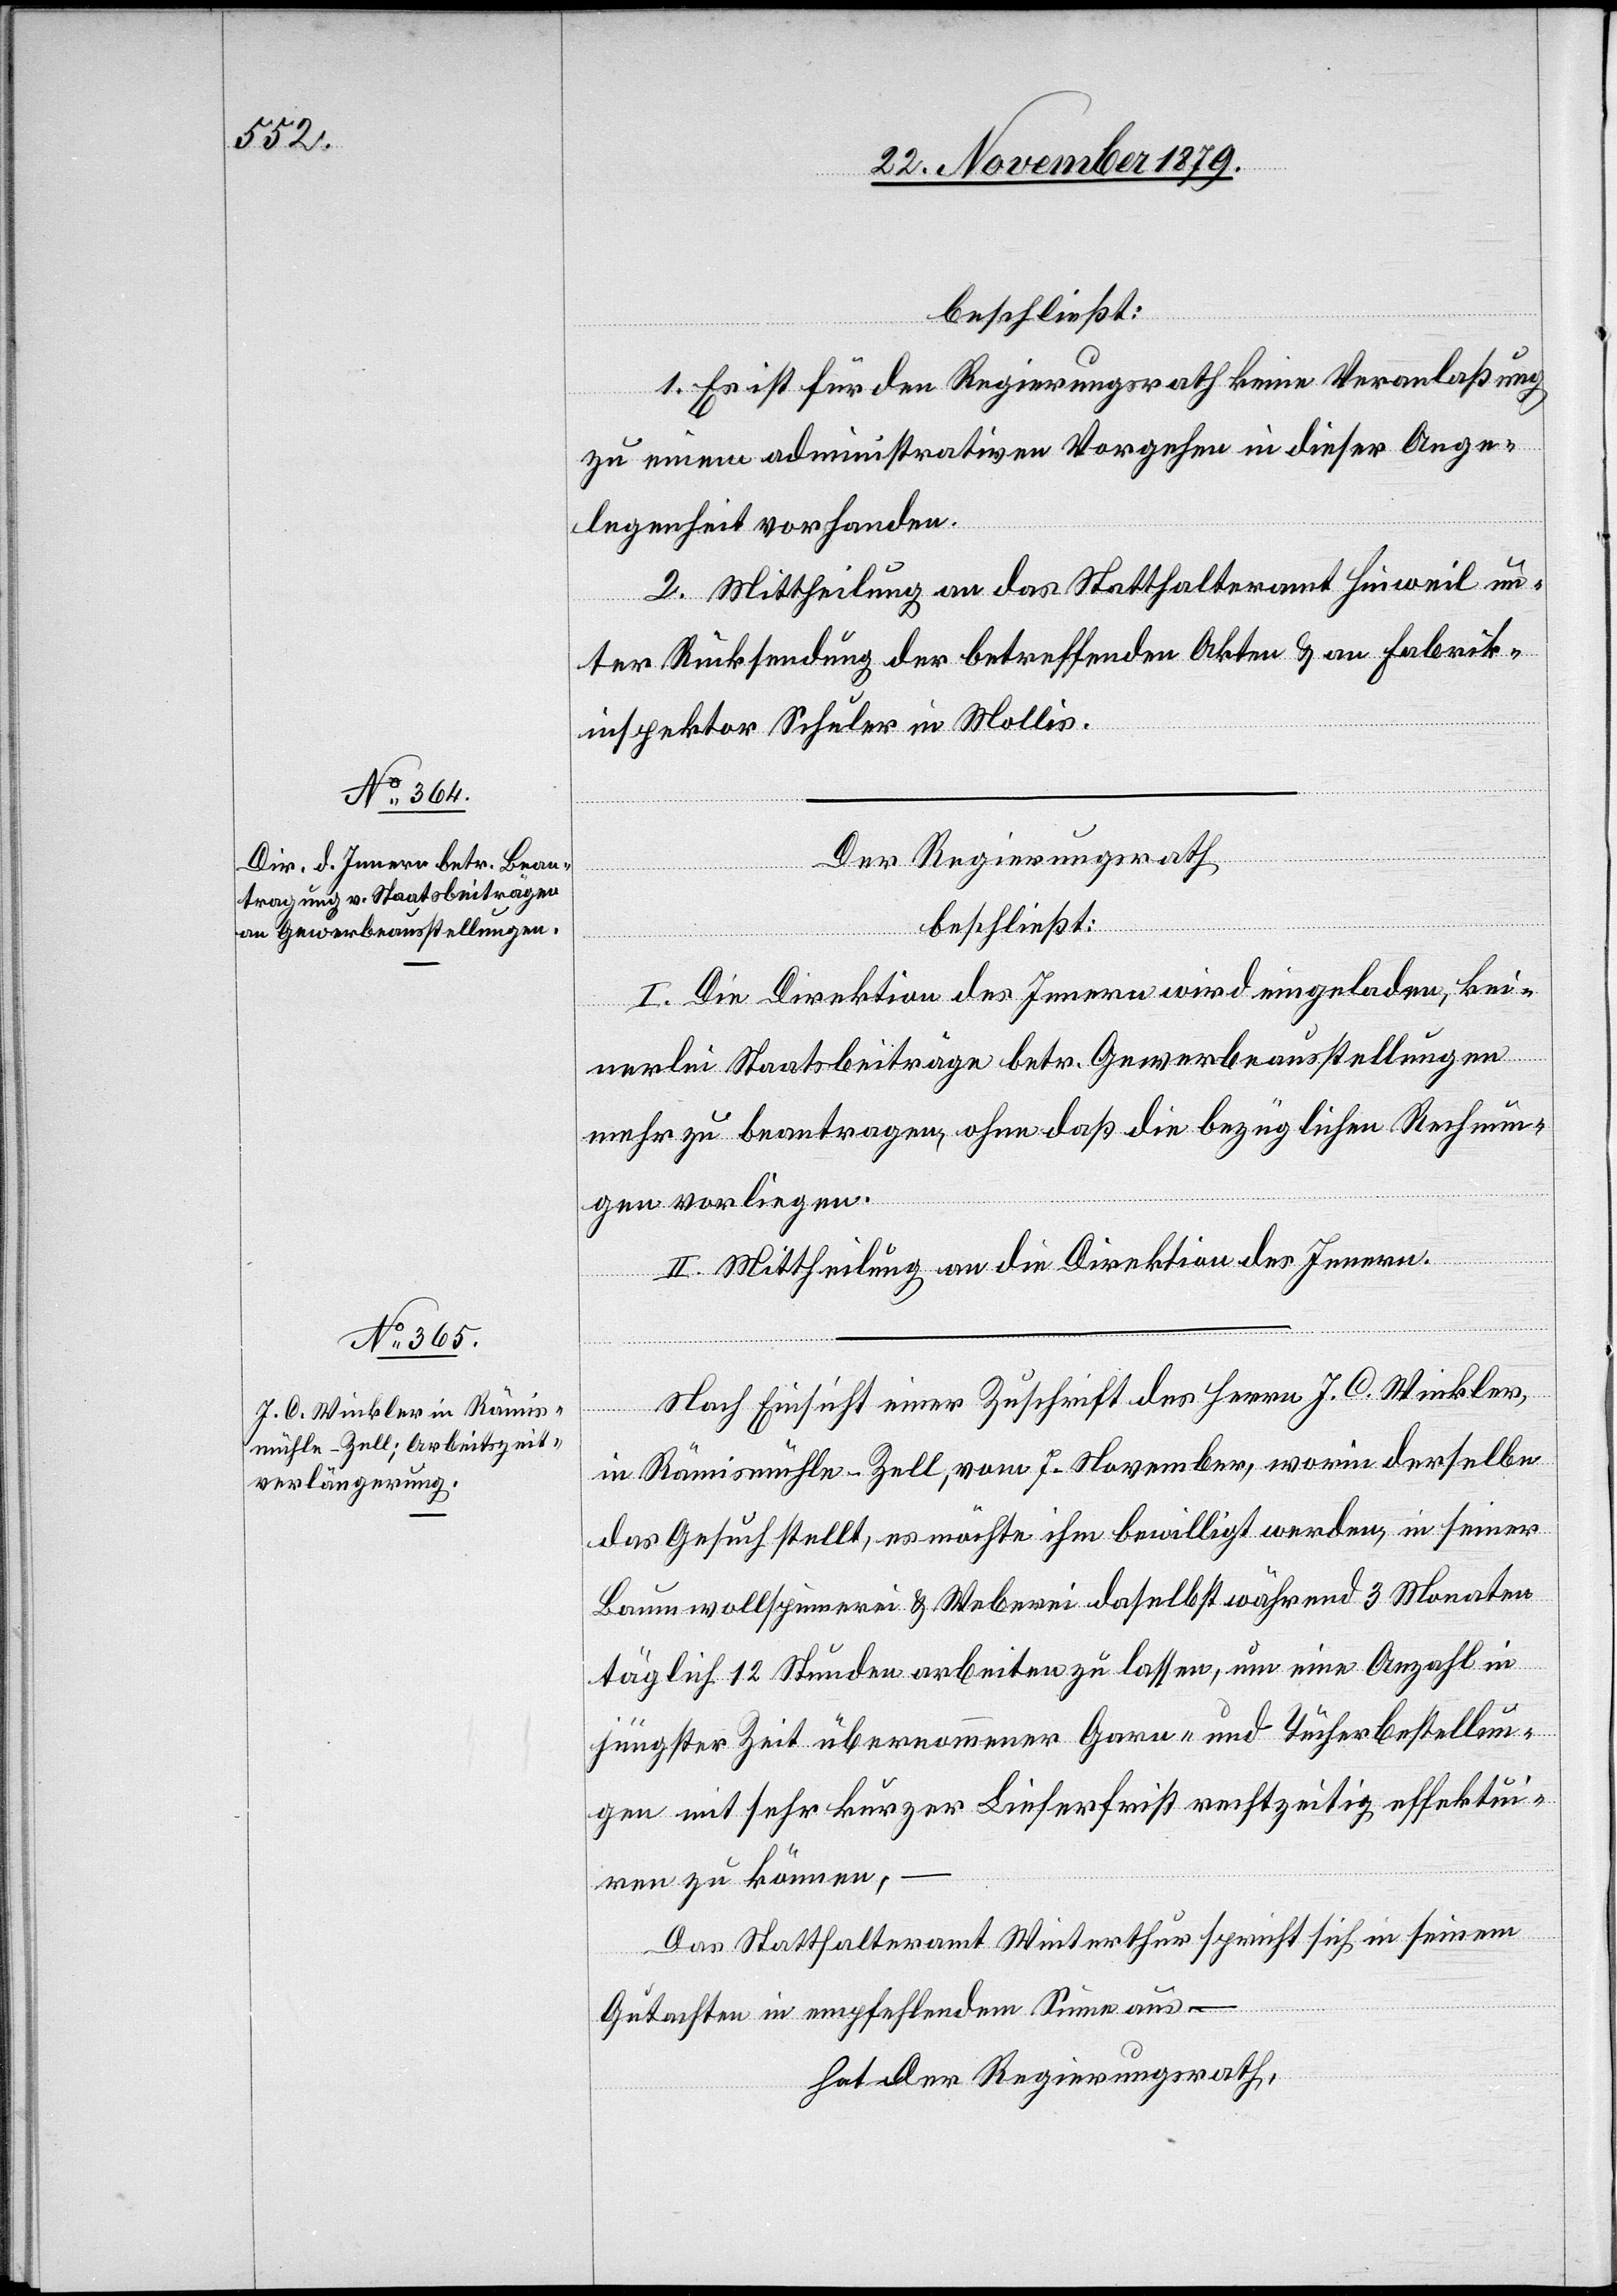
beschließt:
1. Es ist für den Regierungsrath keine Veranlaßung
zu einem administrativen Vorgehen in dieser Ange¬
legenheit vorhanden.
2. Mittheilung an das Statthalteramt Hinweil un¬
ter Rücksendung der betreffenden Akten & an Fabrik¬
inspektor Schuler in Mollis.
Der Regierungsrath,
beschließt:
I. Die Direktion des Innern wird eingeladen, kei¬
nerlei Staatsbeiträge betr. Gewerbeausstellungen
mehr zu beantragen, ohne daß die bezüglichen Rechnun¬
gen vorliegen.
II. Mittheilung an die Direktion des Innern.
Nach Einsicht einer Zuschrift des Herrn J. O. Winkler,
in Rämismühle - Zell, vom 7. November, worin derselbe
das Gesuch stellt, es möchte ihm bewilligt werden, in seiner
Baumwollspinnerei & Weberei daselbst während 3 Monaten
täglich 12 Stunden arbeiten zu lassen, um eine Anzahl in
jüngster Zeit übernommener Garn- und Tücherbestellun¬
gen mit sehr kurzer Lieferfrist rechtzeitigt effektui¬
ren zu können,
Das Statthalteramt Winterthur spricht sich in seinem
Gutachten in empfehlendem Sinne aus –
hat der Regierungsrath